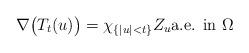
LaTeX: \begin{align*}\nabla \big(T_{t}(u)\big) = \chi _{\{|u|<t\}}Z_u \hbox{a.e. in $\Omega$}\end{align*}